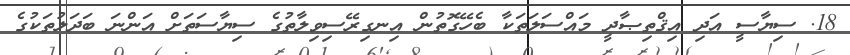
18. ސިޔާސީ އަދި އިޤްތިޞާދީ މައްސަލަތަކާ ބެހޭގޮތުން އިނގިރޭސިވިލާތުގެ ސިޔާސަތަށް އަންނަ ބަދަލުތަކުގެ